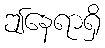
ဤနေရာရှိ